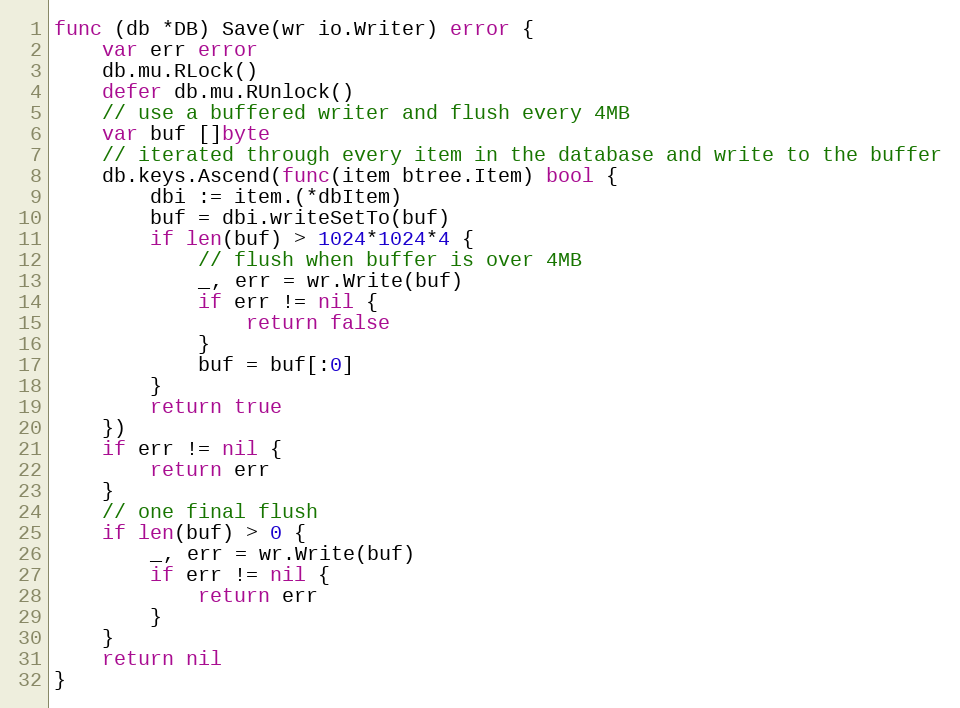
Language: Go
func (db *DB) Save(wr io.Writer) error {
	var err error
	db.mu.RLock()
	defer db.mu.RUnlock()
	// use a buffered writer and flush every 4MB
	var buf []byte
	// iterated through every item in the database and write to the buffer
	db.keys.Ascend(func(item btree.Item) bool {
		dbi := item.(*dbItem)
		buf = dbi.writeSetTo(buf)
		if len(buf) > 1024*1024*4 {
			// flush when buffer is over 4MB
			_, err = wr.Write(buf)
			if err != nil {
				return false
			}
			buf = buf[:0]
		}
		return true
	})
	if err != nil {
		return err
	}
	// one final flush
	if len(buf) > 0 {
		_, err = wr.Write(buf)
		if err != nil {
			return err
		}
	}
	return nil
}